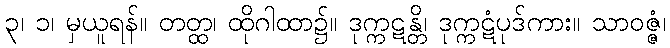
၃၊ ၁၊ မှယူရန်။ တတ္ထ၊ ထိုဂါထာ၌။ ဒုက္ကဋန္တိ၊ ဒုက္ကဋံပုဒ်ကား။ သာဝဇ္ဇံ၊